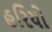
હરિયો